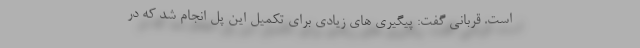
است. قربانی گفت: پیگیری های زیادی برای تکمیل این پل انجام شد که در